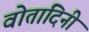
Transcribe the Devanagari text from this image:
वोतादिनी